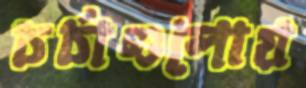
চর্চাগুলোয়